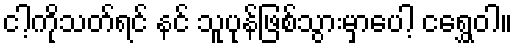
ငါ့ကိုသတ်ရင် နင် သူပုန်ဖြစ်သွားမှာပေါ့ ငရွှေဝါ။